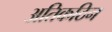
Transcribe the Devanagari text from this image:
अतिकठिन